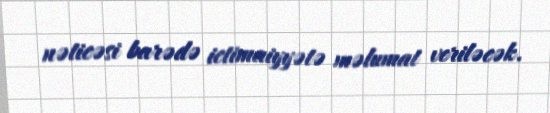
nəticəsi barədə ictimaiyyətə məlumat veriləcək.